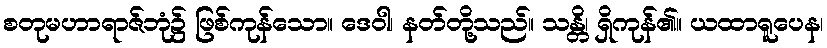
စတုမဟာရာဇ်ဘုံ၌ ဖြစ်ကုန်သော။ ဒေဝါ၊ နတ်တို့သည်။ သန္တိ၊ ရှိကုန်၏။ ယထာရူပေန၊